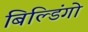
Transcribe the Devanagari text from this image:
बिल्डिंगो